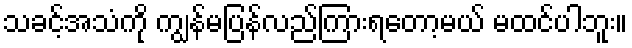
သခင့်အသံကို ကျွန်မပြန်လည်ကြားရတော့မယ် မထင်ပါဘူး။